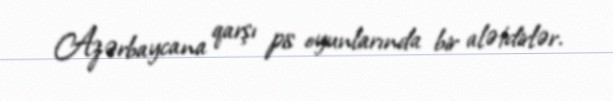
Azərbaycana qarşı pis oyunlarında bir alətdirlər.